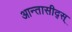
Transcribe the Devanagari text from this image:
आन्तासीद्स्